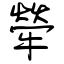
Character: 犖